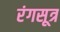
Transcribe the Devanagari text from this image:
रंगसूत्र